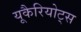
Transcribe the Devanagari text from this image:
यूकैरियोट्स